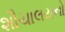
શૌચાલયનો